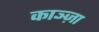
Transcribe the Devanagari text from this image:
काञ्ज़ा